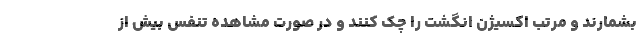
بشمارند و مرتب اکسیژن انگشت را چک کنند و در صورت مشاهده تنفس بیش از